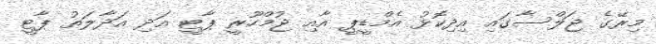
މިރޭގެ ޖަލްސާގައި އިދިކޮޅު އެމްޑީޕީ އާއި ޖުމްހޫރީ ޕާޓީ އަދި އަދާލަތު ޕާޓީ